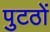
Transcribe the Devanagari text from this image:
पुटठों